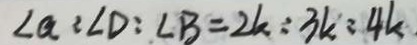
\angle a = \angle D : \angle B = 2 k : 3 k : 4 k